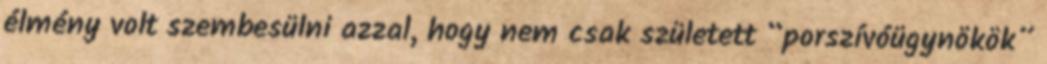
élmény volt szembesülni azzal, hogy nem csak született “porszívóügynökök”